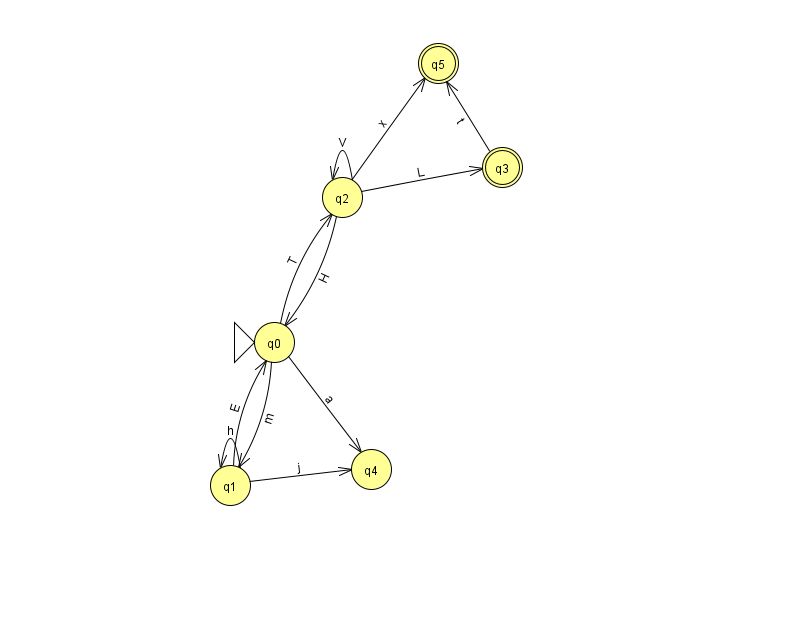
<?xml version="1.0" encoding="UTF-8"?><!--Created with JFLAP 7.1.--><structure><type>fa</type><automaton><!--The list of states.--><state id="0" name="q0"><x>274.0</x><y>329.0</y><initial/></state><state id="1" name="q1"><x>230.0</x><y>472.0</y></state><state id="2" name="q2"><x>342.0</x><y>184.0</y></state><state id="3" name="q3"><x>502.0</x><y>154.0</y><final/></state><state id="4" name="q4"><x>371.0</x><y>456.0</y></state><state id="5" name="q5"><x>438.0</x><y>50.0</y><final/></state><!--The list of transitions.--><transition><from>0</from><to>2</to><read>T</read></transition><transition><from>3</from><to>5</to><read>t</read></transition><transition><from>2</from><to>5</to><read>x</read></transition><transition><from>0</from><to>1</to><read>m</read></transition><transition><from>2</from><to>2</to><read>V</read></transition><transition><from>2</from><to>3</to><read>L</read></transition><transition><from>1</from><to>1</to><read>h</read></transition><transition><from>0</from><to>4</to><read>a</read></transition><transition><from>1</from><to>4</to><read>j</read></transition><transition><from>1</from><to>0</to><read>E</read></transition><transition><from>2</from><to>0</to><read>H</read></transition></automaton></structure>